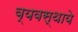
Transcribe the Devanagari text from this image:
व्यवस्थाये